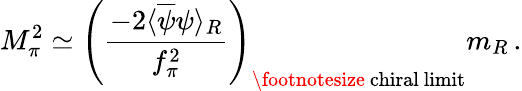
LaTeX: M_{\pi}^{2}\simeq\left(\frac{-2\langle\overline{{{\psi}}}\psi\rangle_{R}}{f_{\pi}^{2}}\right)_{\mathrm{\footnotesize~chiral~limit}}m_{R}\, .